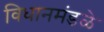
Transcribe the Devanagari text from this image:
विधानमंडळे